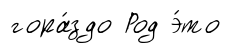
гора́здо Род э́то